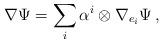
LaTeX: \begin{align*}\nabla \Psi =\sum_i\alpha ^i\otimes \nabla _{e_i}\Psi \,,\end{align*}